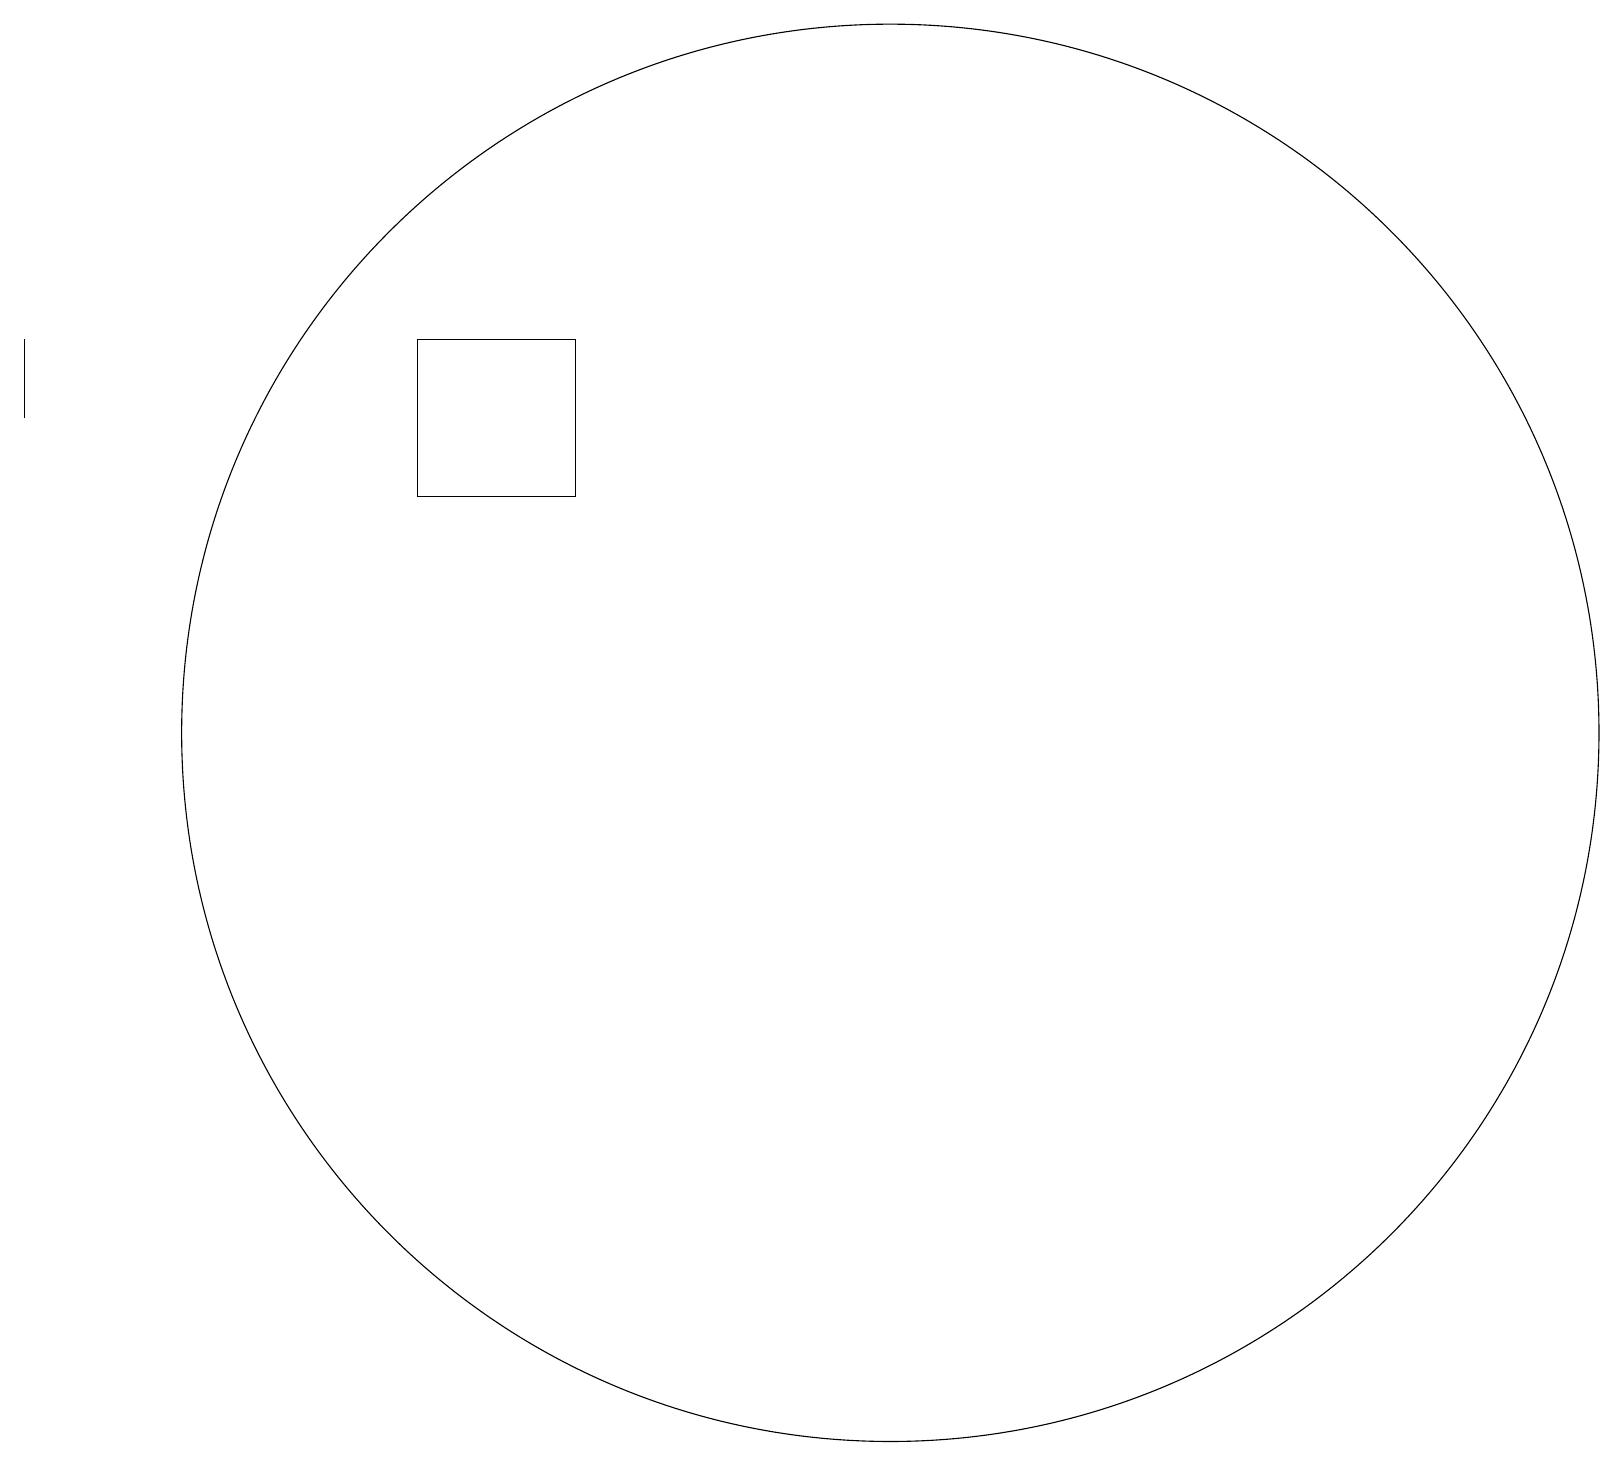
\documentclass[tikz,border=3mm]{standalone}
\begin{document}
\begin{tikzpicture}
\draw (11,11) circle (9);
\draw (5,14) rectangle (7,16);
\draw (0,15) rectangle (0,16);
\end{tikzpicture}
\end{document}